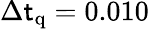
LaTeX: \Delta\mathsf{t}_{\mathrm{{q}}}=0.010